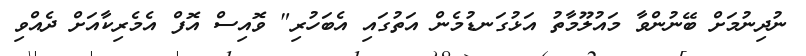
ނުދިނުމަށް ބޭނުންވާ މައުލޫމާތު އަޅުގަނޑުމެން އަތުގައި އެބަހުރި" ވޮއިސް އޮފް އެމެރިކާއަށް ދެއްވި